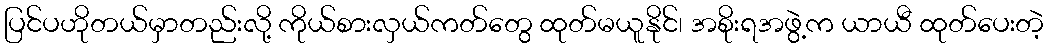
ပြင်ပဟိုတယ်မှာတည်းလို့ ကိုယ်စားလှယ်ကတ်တွေ ထုတ်မယူနိုင်၊ အစိုးရအဖွဲ့က ယာယီ ထုတ်ပေးတဲ့